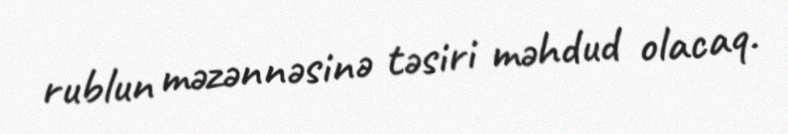
rublun məzənnəsinə təsiri məhdud olacaq.